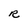
Character: R